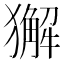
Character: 獬